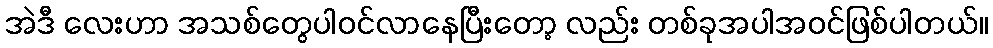
အဲဒီ လေးဟာ အသစ်တွေပါဝင်လာနေပြီးတော့ လည်း တစ်ခုအပါအဝင်ဖြစ်ပါတယ်။